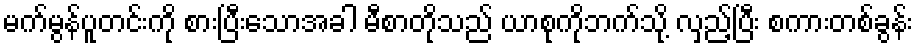
မက်မွန်ပူတင်းကို စားပြီးသောအခါ မီစာတိုသည် ယာစုကိုဘက်သို့ လှည့်ပြီး စကားတစ်ခွန်း